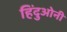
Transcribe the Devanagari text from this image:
हिंदुओनी